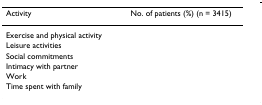
<table><thead><tr><td><b>Activity</b></td><td><b>No. of patients (%) (n = 3415)</b></td></tr></thead><tbody><tr><td>Exercise and physical activity</td><td>[EMPTY_CELL]</td></tr><tr><td>Leisure activities</td><td>[EMPTY_CELL]</td></tr><tr><td>Social commitments</td><td>[EMPTY_CELL]</td></tr><tr><td>Intimacy with partner</td><td>[EMPTY_CELL]</td></tr><tr><td>Work</td><td>[EMPTY_CELL]</td></tr><tr><td>Time spent with family</td><td>[EMPTY_CELL]</td></tr></tbody></table>